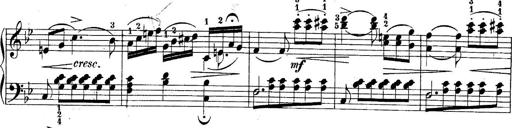
Title: 10 Sonatines progressives
Composer: Anton Schmoll